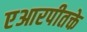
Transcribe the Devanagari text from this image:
एआरपीतक्ते